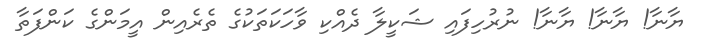
ޔާނާ! ޔާނާ! ޔާނާ! ނުރުހިފައި ޝަކީލާ ދެއްކި ވާހަކަތަކުގެ ތެރެއިން އީމަންގެ ކަންފަތާ